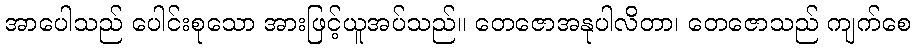
အာပေါသည် ပေါင်းစုသော အားဖြင့်ယူအပ်သည်။ တေဇောအနုပါလိတာ၊ တေဇောသည် ကျက်စေ